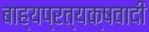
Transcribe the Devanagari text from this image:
बाह्यप्रत्यक्षवादी